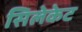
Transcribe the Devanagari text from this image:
सिलेकेट